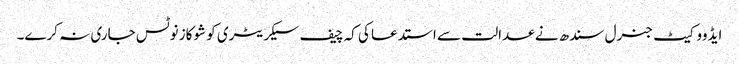
ایڈووکیٹ جنرل سندھ نے عدالت سے استدعا کی کہ چیف سیکریٹری کو شوکاز نوٹس جاری نہ کرے۔